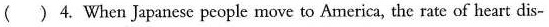
() 4. When Japanese people move to America, the rate of heart dis-